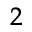
^ 2